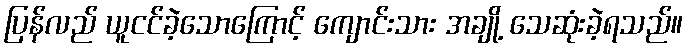
ပြန်လည် ယူငင်ခဲ့သောကြောင့် ကျောင်းသား အချို့ သေဆုံးခဲ့ရသည်။